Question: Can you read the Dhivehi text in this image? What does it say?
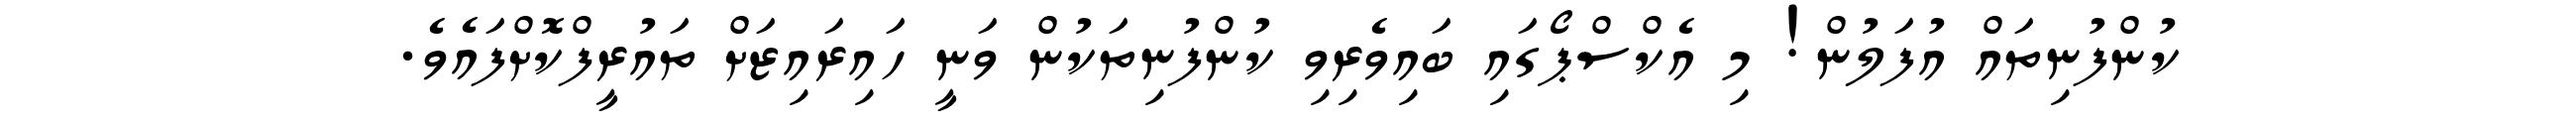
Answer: ކުންފުނިތައް އުފަލުން! މި އެކްސްޕޯގައި ބައިވެރިވި ކުންފުނިތަކުން ވަނީ ހައިރައިޒަށް ތައުރީފްކޮށްފައެވެ.